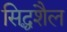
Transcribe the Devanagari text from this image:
सिद्धशैल